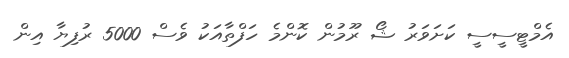
އެމްޓީސީސީ ކަށަވަރު ޝޯ ރޫމުން ކޮންމެ ހަފްތާއަކު ވެސް 5000 ރުފިޔާ އިން